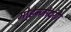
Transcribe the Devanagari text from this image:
मोहेन्जोदरो